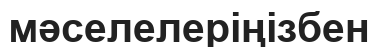
мәселелеріңізбен